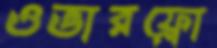
ওভারফ্লো